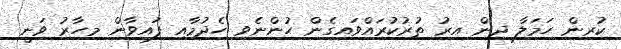
ކުރިން ހަމަލާ ދިން އިރު ތުރުކުރައްވައިގެން ހުންނެވި ހެދުމާއި ފައިވާން މިހާރު ވަނީ